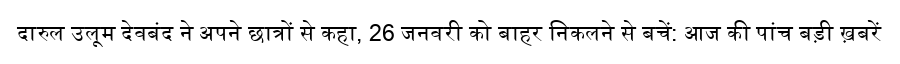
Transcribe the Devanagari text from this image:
दारुल उलूम देवबंद ने अपने छात्रों से कहा, 26 जनवरी को बाहर निकलने से बचें: आज की पांच बड़ी ख़बरें